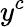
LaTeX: y^{c}